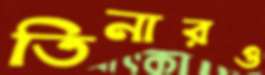
তিনারও